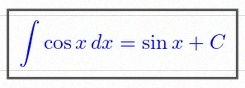
\int \cos x\,dx=\sin x+C